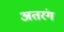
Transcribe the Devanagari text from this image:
अतरंग